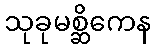
သုခုမစ္ဆိကေန